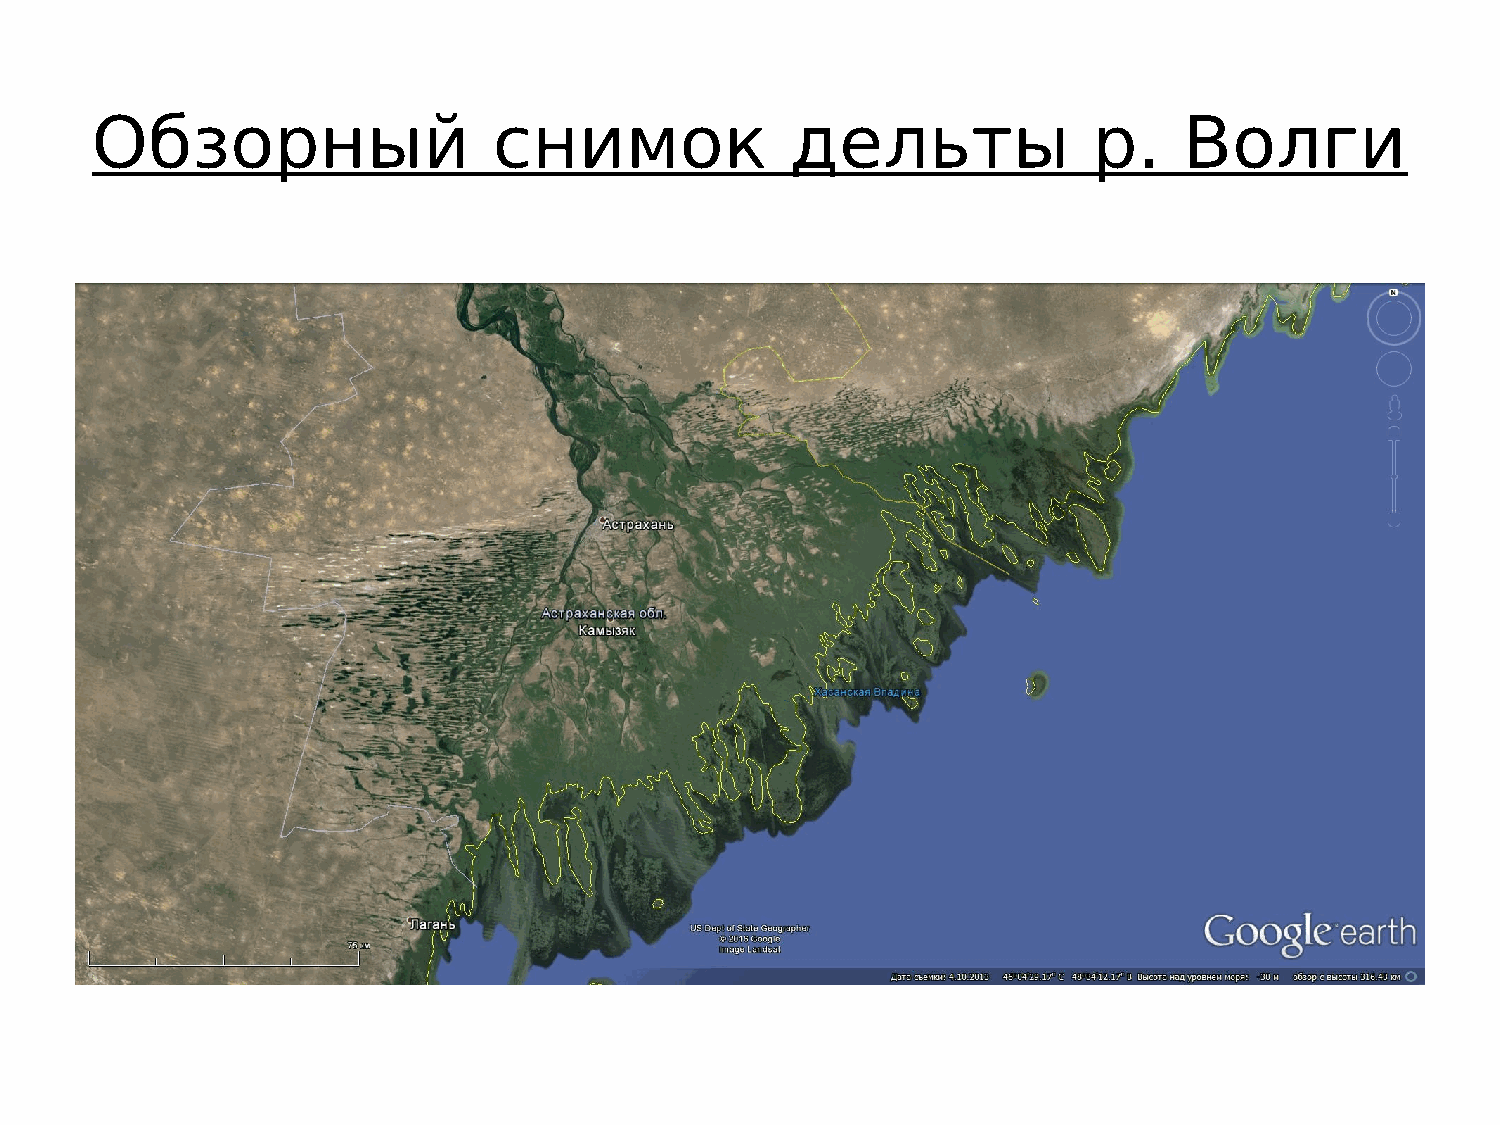
Обзорный                   снимок             дельты              р.    Волги